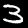
Label: 3